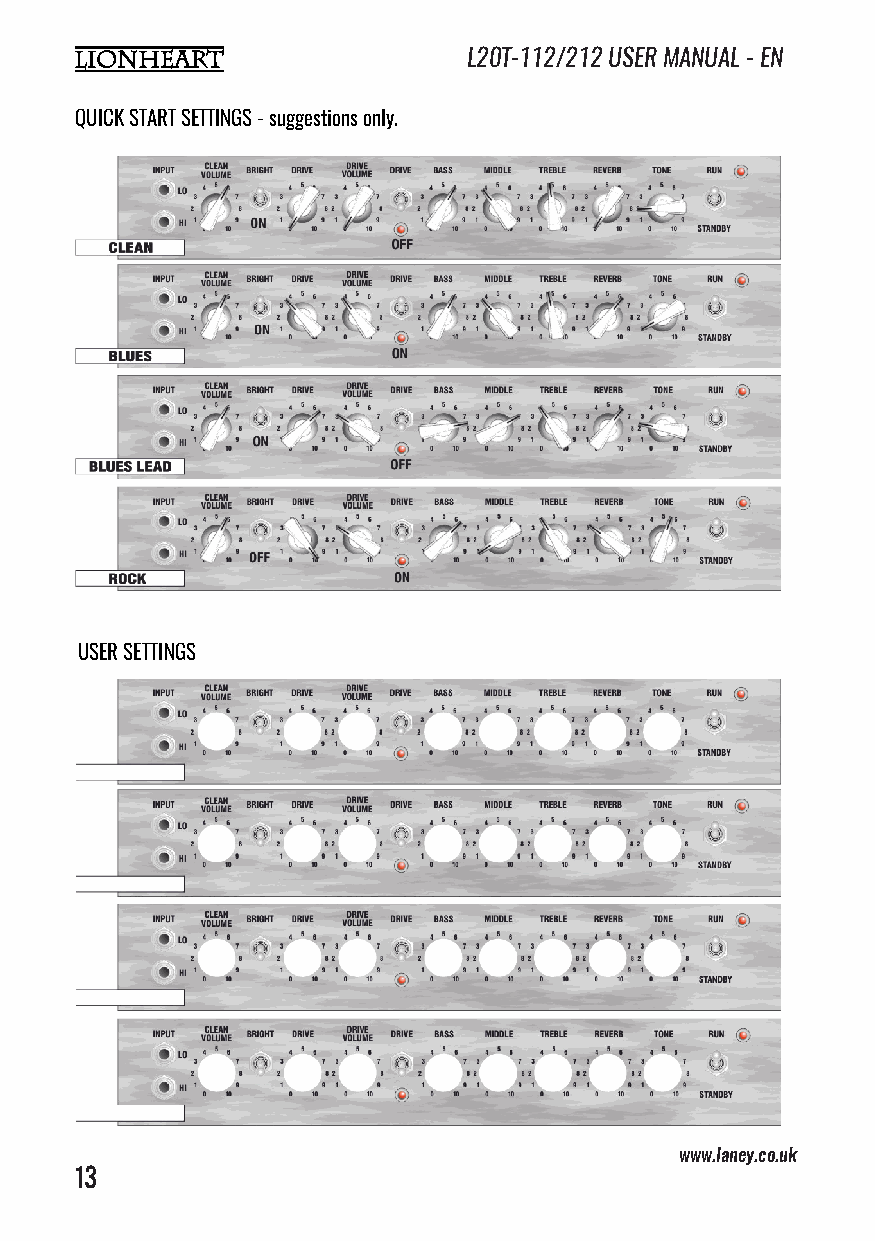
L20T-112/212 USER MANUAL - EN
 QUICK START SETTINGS - suggestions only.
 USER SETTINGS
 www.laney.co.uk                              www.laney.co.uk
 13